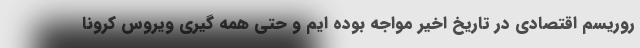
روریسم اقتصادی در تاریخ اخیر مواجه بوده ایم و حتی همه گیری ویروس کرونا